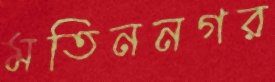
মতিননগর